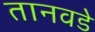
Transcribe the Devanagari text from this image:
तानवडे